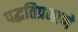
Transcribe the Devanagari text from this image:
पद्धतिप्रमाणे